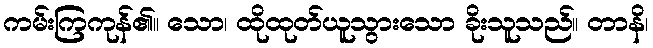
ကမ်းကြကုန်၏။ သော၊ ထိုထုတ်ယူသွားသော ခိုးသူသည်။ တာနိ၊